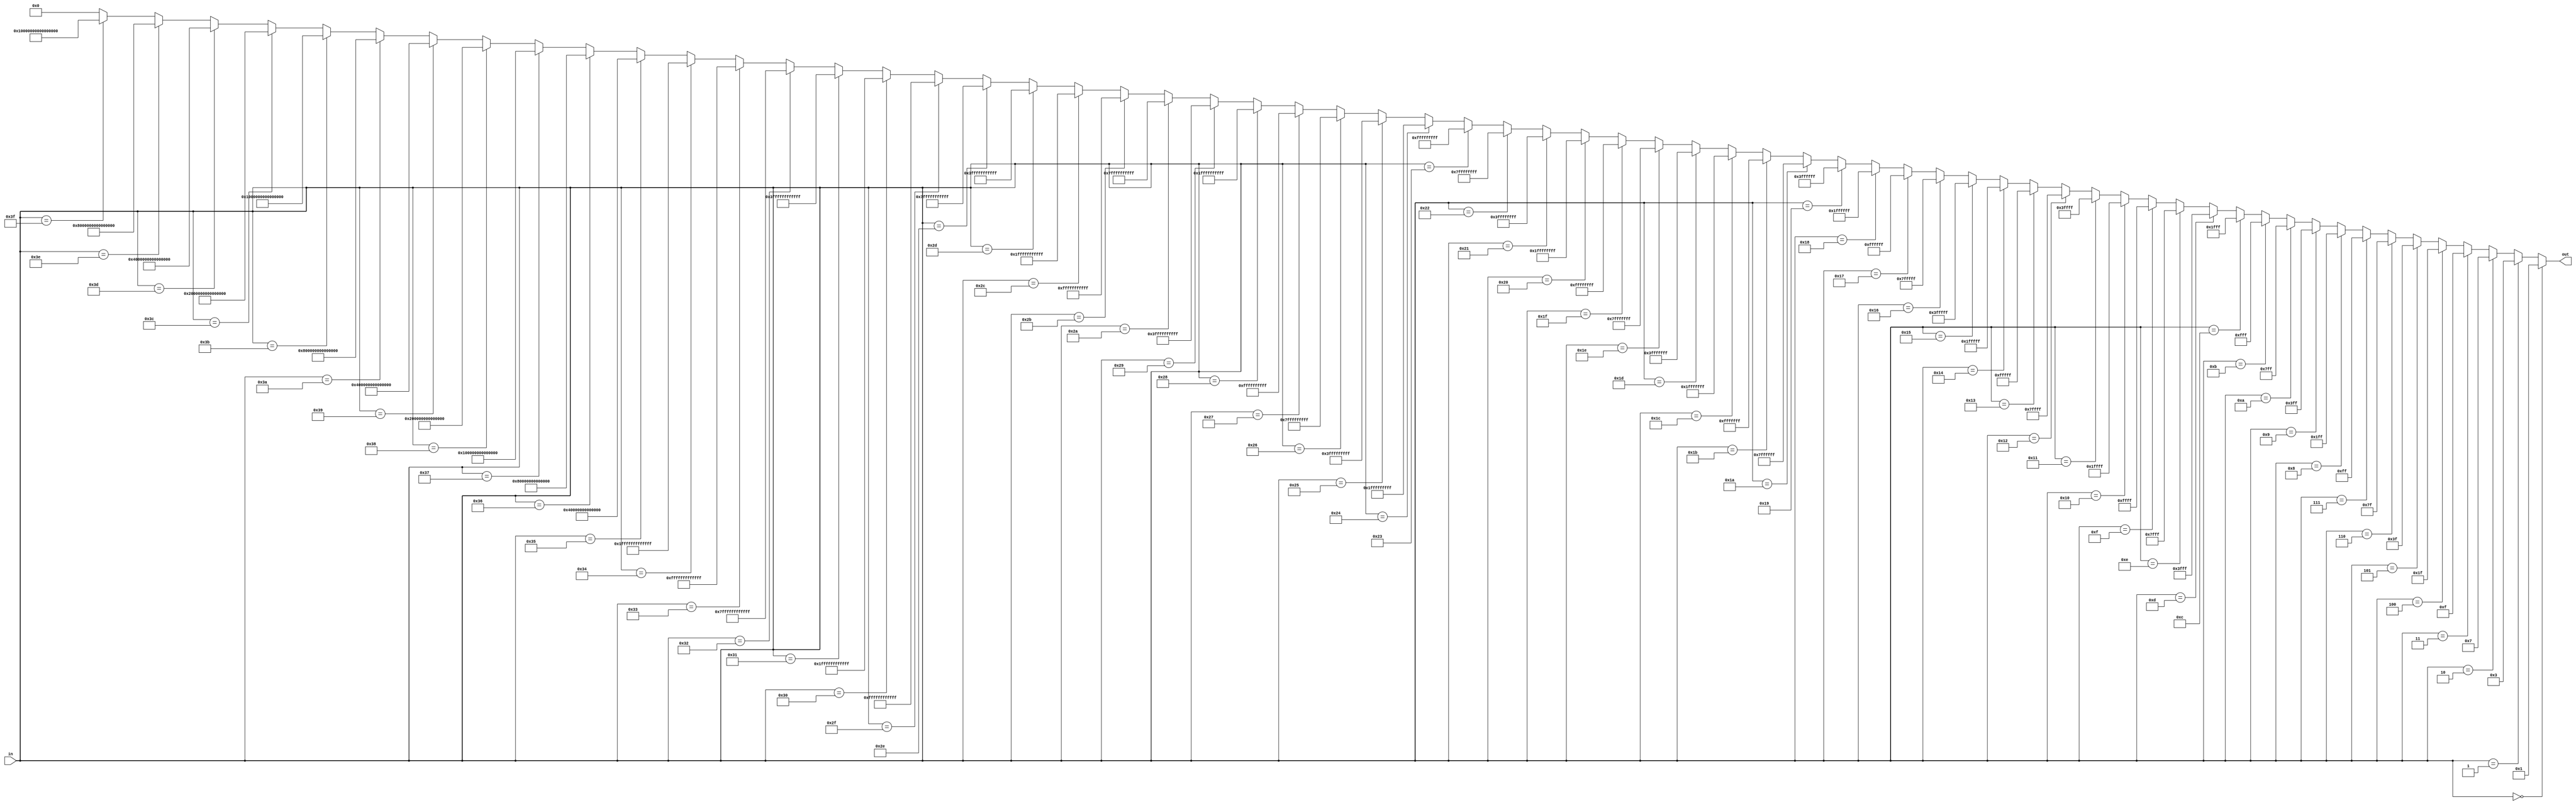
// This program was cloned from: https://github.com/VerticalResearchGroup/miaow
// License: BSD 3-Clause "New" or "Revised" License

module mask_gen(in,out);

input [5:0]in;
output [63:0]out;

assign out = (in == 6'd0) ? 64'h0000000000000001:
             (in == 6'd1) ? 64'h0000000000000003:
			 (in == 6'd2) ? 64'h0000000000000007:
			 (in == 6'd3) ? 64'h000000000000000f:
			 (in == 6'd4) ? 64'h000000000000001f:
			 (in == 6'd5) ? 64'h000000000000003f:
			 (in == 6'd6) ? 64'h000000000000007f:
			 (in == 6'd7) ? 64'h00000000000000ff:
			 (in == 6'd8) ? 64'h00000000000001ff:
			 (in == 6'd9) ? 64'h00000000000003ff:
			 (in == 6'd10) ? 64'h00000000000007ff:
			 (in == 6'd11) ? 64'h0000000000000fff:
			 (in == 6'd12) ? 64'h0000000000001fff:
			 (in == 6'd13) ? 64'h0000000000003fff:
			 (in == 6'd14) ? 64'h0000000000007fff:
			 (in == 6'd15) ? 64'h000000000000ffff:
			 (in == 6'd16) ? 64'h000000000001ffff:
			 (in == 6'd17) ? 64'h000000000003ffff:
			 (in == 6'd18) ? 64'h000000000007ffff:
			 (in == 6'd19) ? 64'h00000000000fffff:
			 (in == 6'd20) ? 64'h00000000001fffff:
			 (in == 6'd21) ? 64'h00000000003fffff:
			 (in == 6'd22) ? 64'h00000000007fffff:
			 (in == 6'd23) ? 64'h0000000000ffffff:
			 (in == 6'd24) ? 64'h0000000001ffffff:
			 (in == 6'd25) ? 64'h0000000003ffffff:
			 (in == 6'd26) ? 64'h0000000007ffffff:
			 (in == 6'd27) ? 64'h000000000fffffff:
			 (in == 6'd28) ? 64'h000000001fffffff:
			 (in == 6'd29) ? 64'h000000003fffffff:
			 (in == 6'd30) ? 64'h000000007fffffff:
			 (in == 6'd31) ? 64'h00000000ffffffff:
			 (in == 6'd32) ? 64'h00000001ffffffff:
			 (in == 6'd33) ? 64'h00000003ffffffff:
			 (in == 6'd34) ? 64'h00000007ffffffff:
			 (in == 6'd35) ? 64'h0000000fffffffff:
			 (in == 6'd36) ? 64'h0000001fffffffff:
			 (in == 6'd37) ? 64'h0000003fffffffff:
			 (in == 6'd38) ? 64'h0000007fffffffff:
			 (in == 6'd39) ? 64'h000000ffffffffff:
			 (in == 6'd40) ? 64'h000001ffffffffff:
			 (in == 6'd41) ? 64'h000003ffffffffff:
			 (in == 6'd42) ? 64'h000007ffffffffff:
			 (in == 6'd43) ? 64'h00000fffffffffff:
			 (in == 6'd44) ? 64'h00001fffffffffff:
			 (in == 6'd45) ? 64'h00003fffffffffff:
			 (in == 6'd46) ? 64'h00007fffffffffff:
			 (in == 6'd47) ? 64'h0000ffffffffffff:
			 (in == 6'd48) ? 64'h0001ffffffffffff:
			 (in == 6'd49) ? 64'h0003ffffffffffff:
			 (in == 6'd50) ? 64'h0007ffffffffffff:
			 (in == 6'd51) ? 64'h000fffffffffffff:
			 (in == 6'd52) ? 64'h001fffffffffffff:
			 (in == 6'd53) ? 64'h003fffffffffffff:
			 (in == 6'd54) ? 64'h007fffffffffffff:
			 (in == 6'd55) ? 64'h00ffffffffffffff:
			 (in == 6'd56) ? 64'h01ffffffffffffff:
			 (in == 6'd57) ? 64'h03ffffffffffffff:
			 (in == 6'd58) ? 64'h07ffffffffffffff:
			 (in == 6'd59) ? 64'h0fffffffffffffff:
			 (in == 6'd60) ? 64'h1fffffffffffffff:
			 (in == 6'd61) ? 64'h3fffffffffffffff:
			 (in == 6'd62) ? 64'h7fffffffffffffff:
			 (in == 6'd63) ? 64'hffffffffffffffff:
			 64'd0;
			 
endmodule